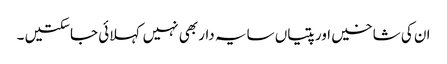
ان کی شاخیں اور پتیاں سایہ دار بھی نہیں کہلائی جاسکتیں ۔